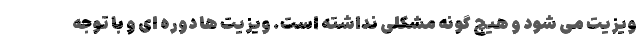
ویزیت می شود و هیچ گونه مشکلی نداشته است. ویزیت ها دوره ای و با توجه